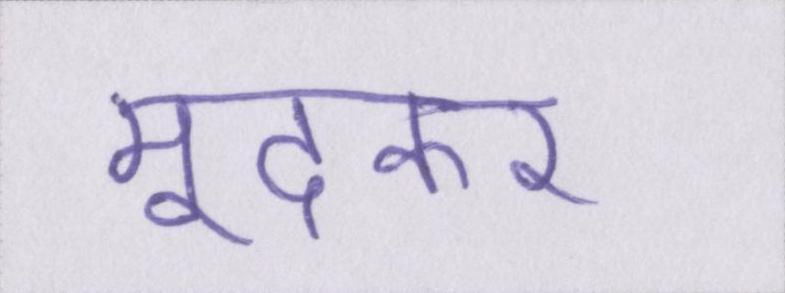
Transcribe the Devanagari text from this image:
मूंदकर